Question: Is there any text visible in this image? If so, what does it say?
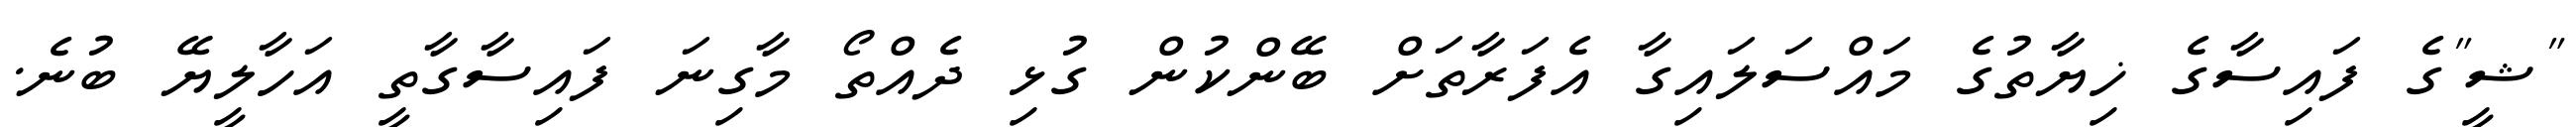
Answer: "ޝީ"ގެ ފައިސާގެ ޚިޔާތުގެ މައްސަލައިގާ އެފަރާތަށް ބޭންކުން ގުޅި ދެއްތޯ މާގިނަ ފައިސާގާތީ އަހާލީޔޭ ބުނެ.